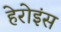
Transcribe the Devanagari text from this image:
हेरोइंस